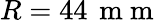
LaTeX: R=44\, \mathrm{~m~m~}